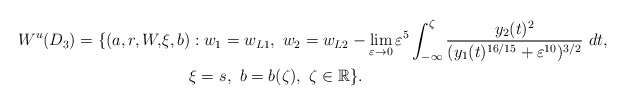
\begin{align*}\begin{aligned}W^u(D_3)=\{(a,r,W,& \xi,b): w_1=w_{L1}, \ w_2=w_{L2}-\lim_{\varepsilon\rightarrow 0} \varepsilon^5 \int_{-\infty}^{\zeta} \frac{y_2(t)^2}{(y_1(t)^{16/15}+\varepsilon^{10})^{3/2}}\ dt, \\ & \ \ \ \ \ \xi=s_{}, \ b=b(\zeta), \ \zeta\in\mathbb{R}\}.\end{aligned}\end{align*}